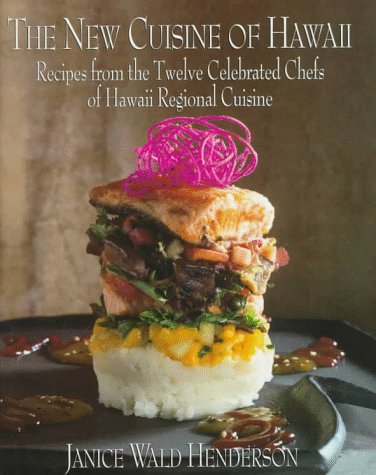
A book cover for The New Cuisine of Hawaii; Janice Henderson; Cookbooks, Food & Wine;